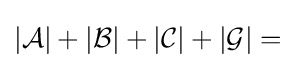
|{\mathcal {A}}|+|{\mathcal {B}}|+|{\mathcal {C}}|+|{\mathcal {G}}|=